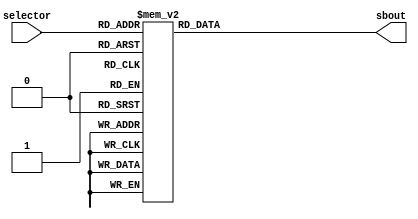
module Inverse_sbox(selector,sbout);
input  [7:0] selector; 
output reg [7:0] sbout;

 always@(*)
 begin  
    case(selector)
				8'h00:sbout =8'h52;
				8'h01:sbout =8'h09;
				8'h02:sbout =8'h6a;
				8'h03:sbout =8'hd5;
				8'h04:sbout =8'h30;
				8'h05:sbout =8'h36;
				8'h06:sbout =8'ha5;
				8'h07:sbout =8'h38;
				8'h08:sbout =8'hbf;
				8'h09:sbout =8'h40;
				8'h0a:sbout =8'ha3;
				8'h0b:sbout =8'h9e;
				8'h0c:sbout =8'h81;
				8'h0d:sbout =8'hf3;
				8'h0e:sbout =8'hd7;
				8'h0f:sbout =8'hfb;
				8'h10:sbout =8'h7c;
				8'h11:sbout =8'he3;
				8'h12:sbout =8'h39;
				8'h13:sbout =8'h82;
				8'h14:sbout =8'h9b;
				8'h15:sbout =8'h2f;
				8'h16:sbout =8'hff;
				8'h17:sbout =8'h87;
				8'h18:sbout =8'h34;
				8'h19:sbout =8'h8e;
				8'h1a:sbout =8'h43;
				8'h1b:sbout =8'h44;
				8'h1c:sbout =8'hc4;
				8'h1d:sbout =8'hde;
				8'h1e:sbout =8'he9;
				8'h1f:sbout =8'hcb;
				8'h20:sbout =8'h54;
				8'h21:sbout =8'h7b;
				8'h22:sbout =8'h94;
				8'h23:sbout =8'h32;
				8'h24:sbout =8'ha6;
				8'h25:sbout =8'hc2;
				8'h26:sbout =8'h23;
				8'h27:sbout =8'h3d;
				8'h28:sbout =8'hee;
				8'h29:sbout =8'h4c;
				8'h2a:sbout =8'h95;
				8'h2b:sbout =8'h0b;
				8'h2c:sbout =8'h42;
				8'h2d:sbout =8'hfa;
				8'h2e:sbout =8'hc3;
				8'h2f:sbout =8'h4e;
				8'h30:sbout =8'h08;
				8'h31:sbout =8'h2e;
				8'h32:sbout =8'ha1;
				8'h33:sbout =8'h66;
				8'h34:sbout =8'h28;
				8'h35:sbout =8'hd9;
				8'h36:sbout =8'h24;
				8'h37:sbout =8'hb2;
				8'h38:sbout =8'h76;
				8'h39:sbout =8'h5b;
				8'h3a:sbout =8'ha2;
				8'h3b:sbout =8'h49;
				8'h3c:sbout =8'h6d;
				8'h3d:sbout =8'h8b;
				8'h3e:sbout =8'hd1;
				8'h3f:sbout =8'h25;
				8'h40:sbout =8'h72;
				8'h41:sbout =8'hf8;
				8'h42:sbout =8'hf6;
				8'h43:sbout =8'h64;
				8'h44:sbout =8'h86;
				8'h45:sbout =8'h68;
				8'h46:sbout =8'h98;
				8'h47:sbout =8'h16;
				8'h48:sbout =8'hd4;
				8'h49:sbout =8'ha4;
				8'h4a:sbout =8'h5c;
				8'h4b:sbout =8'hcc;
				8'h4c:sbout =8'h5d;
				8'h4d:sbout =8'h65;
				8'h4e:sbout =8'hb6;
				8'h4f:sbout =8'h92;
				8'h50:sbout =8'h6c;
				8'h51:sbout =8'h70;
				8'h52:sbout =8'h48;
				8'h53:sbout =8'h50;
				8'h54:sbout =8'hfd;
				8'h55:sbout =8'hed;
				8'h56:sbout =8'hb9;
				8'h57:sbout =8'hda;
				8'h58:sbout =8'h5e;
				8'h59:sbout =8'h15;
				8'h5a:sbout =8'h46;
				8'h5b:sbout =8'h57;
				8'h5c:sbout =8'ha7;
				8'h5d:sbout =8'h8d;
				8'h5e:sbout =8'h9d;
				8'h5f:sbout =8'h84;
				8'h60:sbout =8'h90;
				8'h61:sbout =8'hd8;
				8'h62:sbout =8'hab;
				8'h63:sbout =8'h00;
				8'h64:sbout =8'h8c;
				8'h65:sbout =8'hbc;
				8'h66:sbout =8'hd3;
				8'h67:sbout =8'h0a;
				8'h68:sbout =8'hf7;
				8'h69:sbout =8'he4;
				8'h6a:sbout =8'h58;
				8'h6b:sbout =8'h05;
				8'h6c:sbout =8'hb8;
				8'h6d:sbout =8'hb3;
				8'h6e:sbout =8'h45;
				8'h6f:sbout =8'h06;
				8'h70:sbout =8'hd0;
				8'h71:sbout =8'h2c;
				8'h72:sbout =8'h1e;
				8'h73:sbout =8'h8f;
				8'h74:sbout =8'hca;
				8'h75:sbout =8'h3f;
				8'h76:sbout =8'h0f;
				8'h77:sbout =8'h02;
				8'h78:sbout =8'hc1;
				8'h79:sbout =8'haf;
				8'h7a:sbout =8'hbd;
				8'h7b:sbout =8'h03;
				8'h7c:sbout =8'h01;
				8'h7d:sbout =8'h13;
				8'h7e:sbout =8'h8a;
				8'h7f:sbout =8'h6b;
				8'h80:sbout =8'h3a;
				8'h81:sbout =8'h91;
				8'h82:sbout =8'h11;
				8'h83:sbout =8'h41;
				8'h84:sbout =8'h4f;
				8'h85:sbout =8'h67;
				8'h86:sbout =8'hdc;
				8'h87:sbout =8'hea;
				8'h88:sbout =8'h97;
				8'h89:sbout =8'hf2;
				8'h8a:sbout =8'hcf;
				8'h8b:sbout =8'hce;
				8'h8c:sbout =8'hf0;
				8'h8d:sbout =8'hb4;
				8'h8e:sbout =8'he6;
				8'h8f:sbout =8'h73;
				8'h90:sbout =8'h96;
				8'h91:sbout =8'hac;
				8'h92:sbout =8'h74;
				8'h93:sbout =8'h22;
				8'h94:sbout =8'he7;
				8'h95:sbout =8'had;
				8'h96:sbout =8'h35;
				8'h97:sbout =8'h85;
				8'h98:sbout =8'he2;
				8'h99:sbout =8'hf9;
				8'h9a:sbout =8'h37;
				8'h9b:sbout =8'he8;
				8'h9c:sbout =8'h1c;
				8'h9d:sbout =8'h75;
				8'h9e:sbout =8'hdf;
				8'h9f:sbout =8'h6e;
				8'ha0:sbout =8'h47;
				8'ha1:sbout =8'hf1;
				8'ha2:sbout =8'h1a;
				8'ha3:sbout =8'h71;
				8'ha4:sbout =8'h1d;
				8'ha5:sbout =8'h29;
				8'ha6:sbout =8'hc5;
				8'ha7:sbout =8'h89;
				8'ha8:sbout =8'h6f;
				8'ha9:sbout =8'hb7;
				8'haa:sbout =8'h62;
				8'hab:sbout =8'h0e;
				8'hac:sbout =8'haa;
				8'had:sbout =8'h18;
				8'hae:sbout =8'hbe;
				8'haf:sbout =8'h1b;
				8'hb0:sbout =8'hfc;
				8'hb1:sbout =8'h56;
				8'hb2:sbout =8'h3e;
				8'hb3:sbout =8'h4b;
				8'hb4:sbout =8'hc6;
				8'hb5:sbout =8'hd2;
				8'hb6:sbout =8'h79;
				8'hb7:sbout =8'h20;
				8'hb8:sbout =8'h9a;
				8'hb9:sbout =8'hdb;
				8'hba:sbout =8'hc0;
				8'hbb:sbout =8'hfe;
				8'hbc:sbout =8'h78;
				8'hbd:sbout =8'hcd;
				8'hbe:sbout =8'h5a;
				8'hbf:sbout =8'hf4;
				8'hc0:sbout =8'h1f;
				8'hc1:sbout =8'hdd;
				8'hc2:sbout =8'ha8;
				8'hc3:sbout =8'h33;
				8'hc4:sbout =8'h88;
				8'hc5:sbout =8'h07;
				8'hc6:sbout =8'hc7;
				8'hc7:sbout =8'h31;
				8'hc8:sbout =8'hb1;
				8'hc9:sbout =8'h12;
				8'hca:sbout =8'h10;
				8'hcb:sbout =8'h59;
				8'hcc:sbout =8'h27;
				8'hcd:sbout =8'h80;
				8'hce:sbout =8'hec;
				8'hcf:sbout =8'h5f;
				8'hd0:sbout =8'h60;
				8'hd1:sbout =8'h51;
				8'hd2:sbout =8'h7f;
				8'hd3:sbout =8'ha9;
				8'hd4:sbout =8'h19;
				8'hd5:sbout =8'hb5;
				8'hd6:sbout =8'h4a;
				8'hd7:sbout =8'h0d;
				8'hd8:sbout =8'h2d;
				8'hd9:sbout =8'he5;
				8'hda:sbout =8'h7a;
				8'hdb:sbout =8'h9f;
				8'hdc:sbout =8'h93;
				8'hdd:sbout =8'hc9;
				8'hde:sbout =8'h9c;
				8'hdf:sbout =8'hef;
				8'he0:sbout =8'ha0;
				8'he1:sbout =8'he0;
				8'he2:sbout =8'h3b;
				8'he3:sbout =8'h4d;
				8'he4:sbout =8'hae;
				8'he5:sbout =8'h2a;
				8'he6:sbout =8'hf5;
				8'he7:sbout =8'hb0;
				8'he8:sbout =8'hc8;
				8'he9:sbout =8'heb;
				8'hea:sbout =8'hbb;
				8'heb:sbout =8'h3c;
				8'hec:sbout =8'h83;
				8'hed:sbout =8'h53;
				8'hee:sbout =8'h99;
				8'hef:sbout =8'h61;
				8'hf0:sbout =8'h17;
				8'hf1:sbout =8'h2b;
				8'hf2:sbout =8'h04;
				8'hf3:sbout =8'h7e;
				8'hf4:sbout =8'hba;
				8'hf5:sbout =8'h77;
				8'hf6:sbout =8'hd6;
				8'hf7:sbout =8'h26;
				8'hf8:sbout =8'he1;
				8'hf9:sbout =8'h69;
				8'hfa:sbout =8'h14;
				8'hfb:sbout =8'h63;
				8'hfc:sbout =8'h55;
				8'hfd:sbout =8'h21;
				8'hfe:sbout =8'h0c;
				8'hff:sbout =8'h7d;
				endcase
end

endmodule